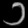
Digit: ၁